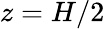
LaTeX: z=H/2